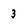
Character: 3